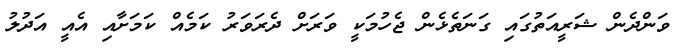
ވަންދެން ޝަރީއަތުގައި ގަނަތެޅެން ޖެހުމަކީ ވަރަށް ދެރަވަރު ކަމެއް ކަމަށާއި އެއީ އަދުލު